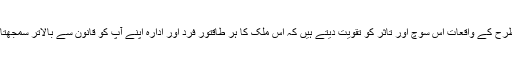
اس طرح کے واقعات اس سوچ اور تاثر کو تقویت دیتے ہیں کہ اس ملک کا ہر طاقتور فرد اور ادارہ اپنے آپ کو قانون سے بالاتر سمجھتا ہے۔